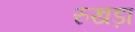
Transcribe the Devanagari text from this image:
रुखड़ा